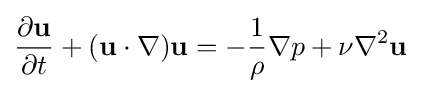
{\frac {\partial \mathbf {u} }{\partial t}}+(\mathbf {u} \cdot \nabla )\mathbf {u} =-{\frac {1}{\rho }}\nabla p+\nu \nabla ^{2}\mathbf {u}